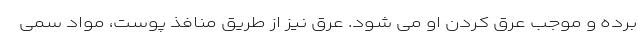
برده و موجب عرق کردن او می شود. عرق نیز از طریق منافذ پوست، مواد سمی